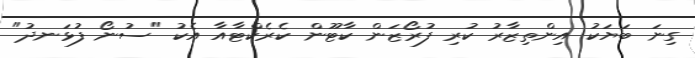
ގިނަ ބަޔަކު އިންތިޒާރު ކުރި ފުރޯޒަން ކާޓޫން ކެރެކްޓާއާ އެކު "ސުނޯ ފުޅަނދު"